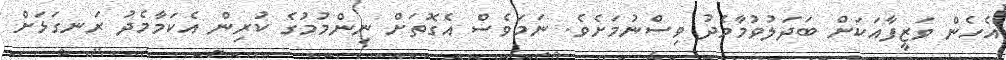
އެހެން ވަޒީފާއަކަށް ބަދަލުވުމާމެދު ވިސްނުމަށެވެ. ނަމަވެސް އެގޮތަށް ނިންމުމުގެ ކުރިން އެކަމާމެދު ރަނގަޅަށް